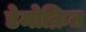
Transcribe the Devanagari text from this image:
डेमोक्रित